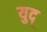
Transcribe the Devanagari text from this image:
युद्